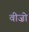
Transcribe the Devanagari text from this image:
वीज़ो